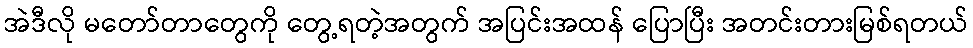
အဲဒီလို မတော်တာတွေကို တွေ့ရတဲ့အတွက် အပြင်းအထန် ပြောပြီး အတင်းတားမြစ်ရတယ်